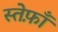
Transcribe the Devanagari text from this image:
स्तेफ़ाँ